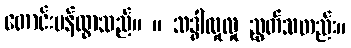
တောင်းပန်ထွာသည်။ ။ သဒ္ဓါလှုလှု ညွတ်သတည်း။